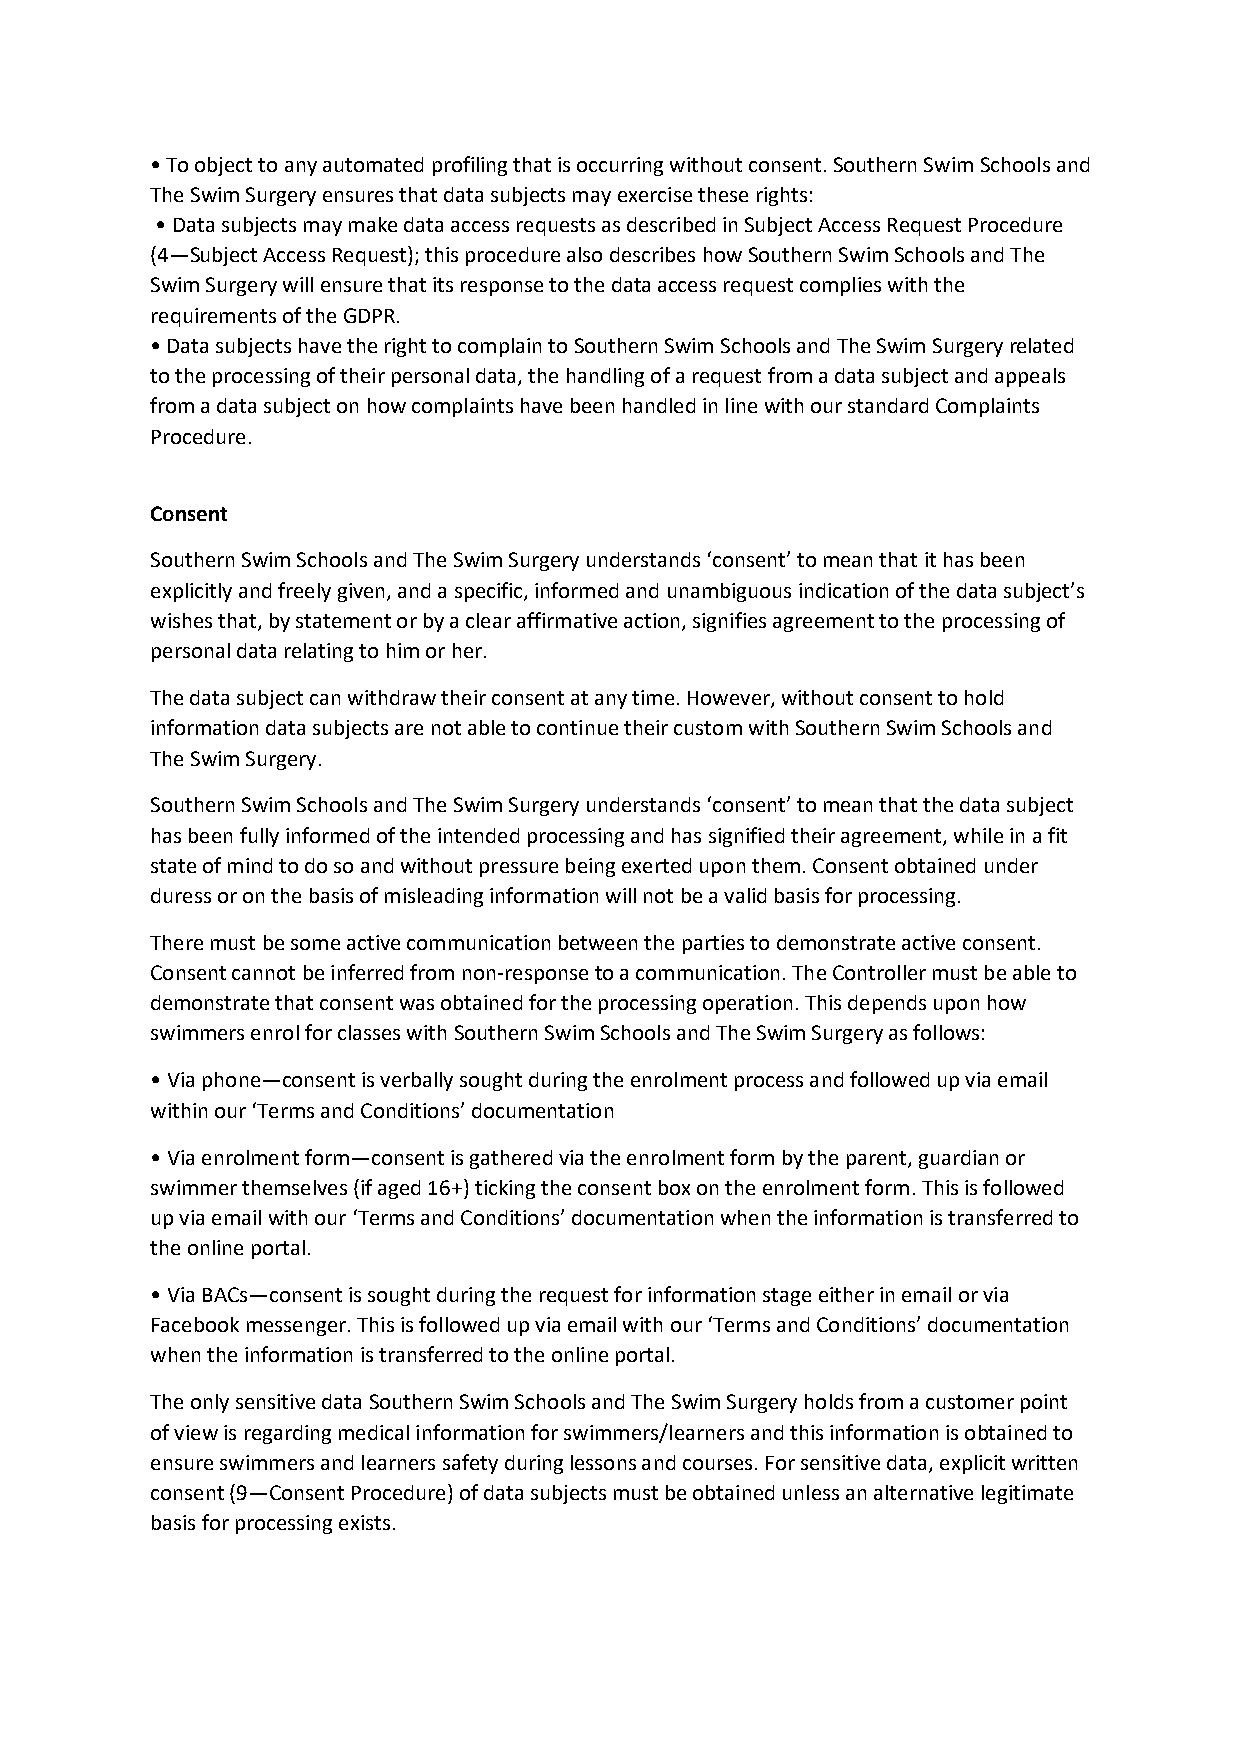
• To object to any automated profiling that is occurring without consent. Southern Swim Schools and
 The Swim Surgery ensures that data subjects may exercise these rights:
 • Data subjects may make data access requests as described in Subject Access Request Procedure
 (4—Subject Access Request); this procedure also describes how Southern Swim Schools and The
 Swim Surgery will ensure that its response to the data access request complies with the
 requirements of the GDPR.
 • Data subjects have the right to complain to Southern Swim Schools and The Swim Surgery related
 to the processing of their personal data, the handling of a request from a data subject and appeals
 from a data subject on how complaints have been handled in line with our standard Complaints
 Procedure.
 Consent
 Southern Swim Schools and The Swim Surgery understands ‘consent’ to mean that it has been
 explicitly and freely given, and a specific, informed and unambiguous indication of the data subject’s
 wishes that, by statement or by a clear affirmative action, signifies agreement to the processing of
 personal data relating to him or her.
 The data subject can withdraw their consent at any time. However, without consent to hold
 information data subjects are not able to continue their custom with Southern Swim Schools and
 The Swim Surgery.
 Southern Swim Schools and The Swim Surgery understands ‘consent’ to mean that the data subject
 has been fully informed of the intended processing and has signified their agreement, while in a fit
 state of mind to do so and without pressure being exerted upon them. Consent obtained under
 duress or on the basis of misleading information will not be a valid basis for processing.
 There must be some active communication between the parties to demonstrate active consent.
 Consent cannot be inferred from non-response to a communication. The Controller must be able to
 demonstrate that consent was obtained for the processing operation. This depends upon how
 swimmers enrol for classes with Southern Swim Schools and The Swim Surgery as follows:
 • Via phone—consent is verbally sought during the enrolment process and followed up via email
 within our ‘Terms and Conditions’ documentation
 • Via enrolment form—consent is gathered via the enrolment form by the parent, guardian or
 swimmer themselves (if aged 16+) ticking the consent box on the enrolment form. This is followed
 up via email with our ‘Terms and Conditions’ documentation when the information is transferred to
 the online portal.
 • Via BACs—consent is sought during the request for information stage either in email or via
 Facebook messenger. This is followed up via email with our ‘Terms and Conditions’ documentation
 when the information is transferred to the online portal.
 The only sensitive data Southern Swim Schools and The Swim Surgery holds from a customer point
 of view is regarding medical information for swimmers/learners and this information is obtained to
 ensure swimmers and learners safety during lessons and courses. For sensitive data, explicit written
 consent (9—Consent Procedure) of data subjects must be obtained unless an alternative legitimate
 basis for processing exists.